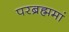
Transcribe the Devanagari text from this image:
परब्रह्ममां